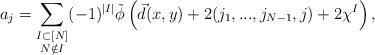
LaTeX: \begin{align*}a_j=\sum_{\substack{I\subset[N] \\ N\notin I}}(-1)^{|I|} \tilde{\phi}\left(\vec{d}(x,y)+2(j_1,...,j_{N-1},j)+2\chi^I\right),\end{align*}